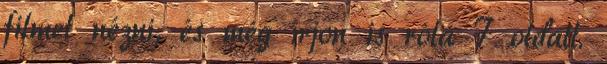
filmet nézni, és még írjon is róla 7 oldalt.